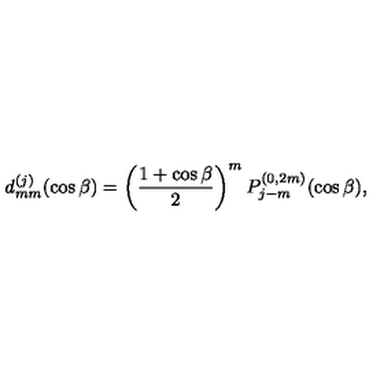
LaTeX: d _ { m m } ^ { ( j ) } ( \cos \beta ) = \left( \frac { 1 + \cos \beta } { 2 } \right) ^ { m } P _ { j - m } ^ { ( 0 , 2 m ) } ( \cos \beta ) ,